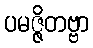
ပမဇ္ဇိတဗ္ဗာ